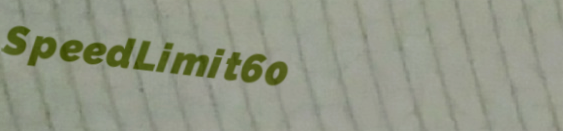
SpeedLimit60